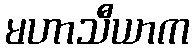
မဟာသီယာက